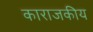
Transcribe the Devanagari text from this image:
काराजकीय